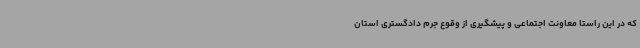
که در این راستا معاونت اجتماعی و پیشگیری از وقوع جرم دادگستری استان